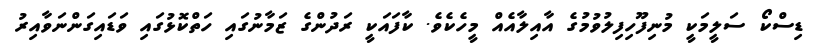
ޑިސްކޯ ސަލީމަކީ މުނިފޫހިފިލުވުމުގެ އާއިލާއެއް މީހެކެވެ. ކާފައަކީ ރަދުންގެ ޒަމާނުގައި ހަތްކޮޅުގައި ވަޑައިގަންނަވާއިރު